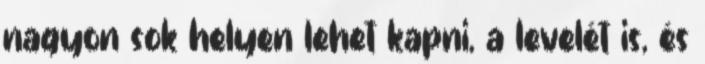
nagyon sok helyen lehet kapni, a levelét is, és